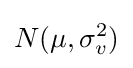
N(\mu ,\sigma _{v}^{2})